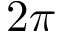
2 \pi